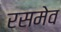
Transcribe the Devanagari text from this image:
रसमेव